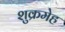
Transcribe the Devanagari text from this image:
शुक्रमेह